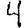
Digit: 4